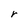
Character: r